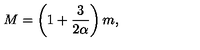
M = \left( 1 + \frac { 3 } { 2 \alpha } \right) m ,